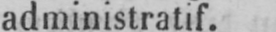
administratif.